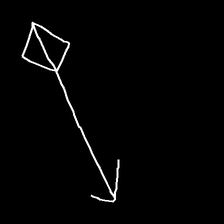
Glyph: focus